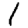
Digit: 1